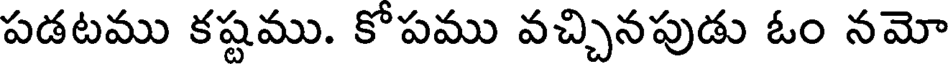
పడటము కష్టము. కోపము వచ్చినపుడు ఓం నమో